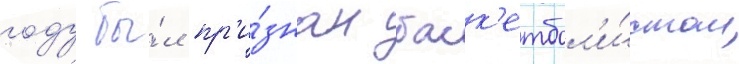
году бы́л пр'и́знан баск'етбол'и́стом